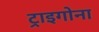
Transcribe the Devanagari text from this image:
ट्राइगोना